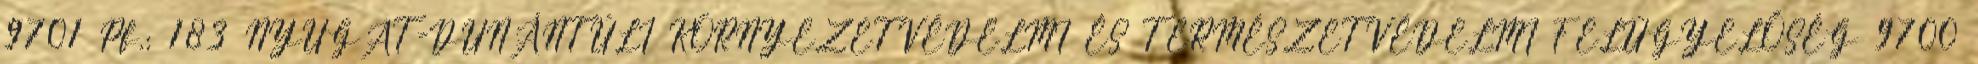
9701 Pf.: 183 NYUGAT-DUNÁNTÚLI KÖRNYEZETVÉDELMI ÉS TERMÉSZETVÉDELMI FELÜGYELŐSÉG 9700